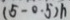
( 5 - 0 . 5 ) h